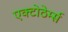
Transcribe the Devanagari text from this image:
एक्टोठेर्म्स